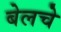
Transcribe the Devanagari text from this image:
बेलचे